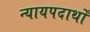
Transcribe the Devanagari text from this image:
न्यायपदार्थों